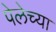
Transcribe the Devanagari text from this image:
पेलेच्या